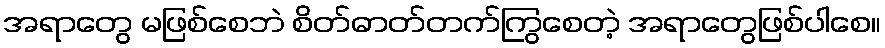
အရာတွေ မဖြစ်စေဘဲ စိတ်ဓာတ်တက်ကြွစေတဲ့ အရာတွေဖြစ်ပါစေ။